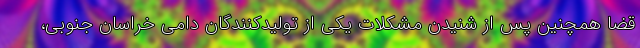
قضا همچنین پس از شنیدن مشکلات یکی از تولیدکنندگان دامی خراسان جنوبی،